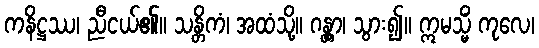
ကနိဋ္ဌဿ၊ ညီငယ်၏။ သန္တိကံ၊ အထံသို့။ ဂန္တွာ၊ သွား၍။ ဣမသ္မိံ ကုလေ၊